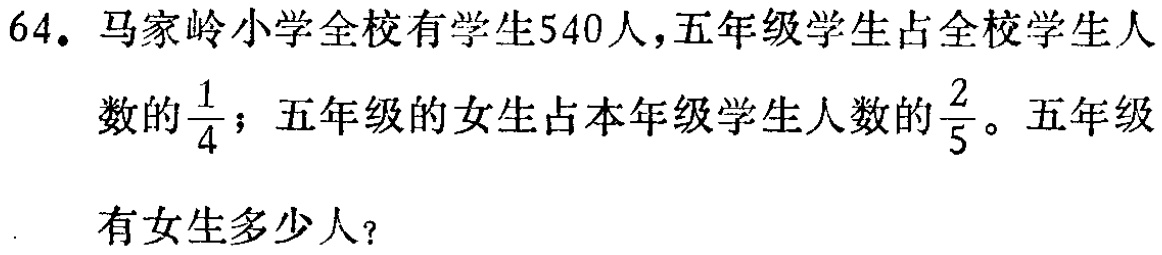
64. 马家岭小学全校有学生540人，五年级学生占全校学生人数的$\frac{1}{4}$；五年级的女生占本年级学生人数的$\frac{2}{5}$。五年级有女生多少人？